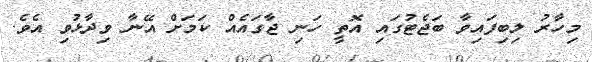
މިހާރު ލިބިފައިވާ ބަޖެޓުގައި އޮތީ ހަނި ޖާގައެއް ކަމަށް އޭނާ ވިދާޅުވި އެވެ.